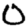
Digit: 0